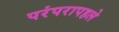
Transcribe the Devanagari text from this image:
परंपरापहले